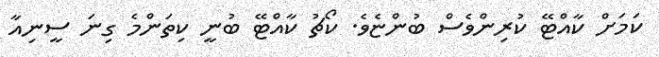
ކަމަށް ކާއްޓޭ ކުރިންވެސް ބުންޏެވެ. ކޯޗު ކާއްޓޭ ބުނީ ކިތަންމެ ގިނަ ސީނިއާ